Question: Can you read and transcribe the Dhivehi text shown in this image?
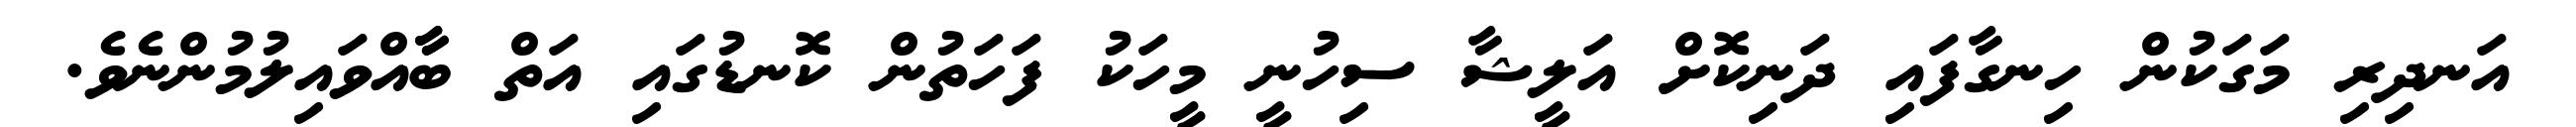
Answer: އަނދިރި މަގަކުން ހިނގާފައި ދަނިކޮށް އަލީޝާ ސިހުނީ މީހަކު ފަހަތުން ކޮނޑުގައި އަތް ބާާއްވައިލުމުންނެވެ.